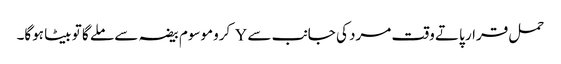
حمل قرار پاتے وقت مرد کی جانب سے Y کروموسوم بیضہ سے ملے گا تو بیٹا ہوگا۔